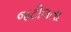
જટીલતા